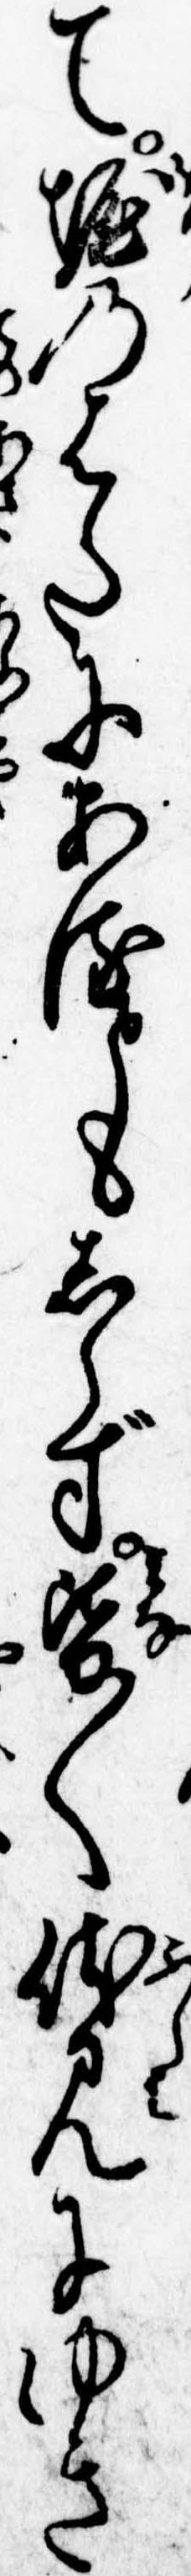
て掘のはたにあるともしらず皆〱伏見にゆき